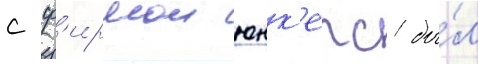
с ф'ирмои юнк'ерс бы́л